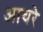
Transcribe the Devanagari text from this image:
आथरे